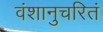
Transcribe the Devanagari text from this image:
वंशानुचरितं